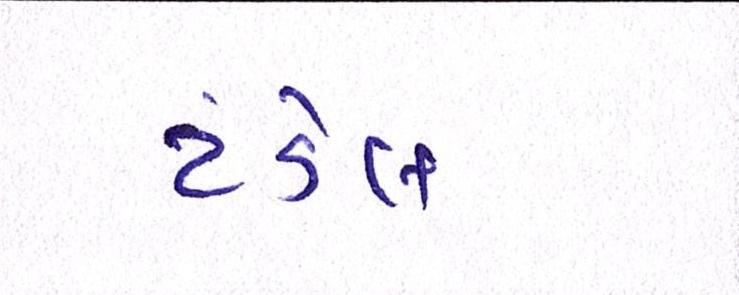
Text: ટંડેલ